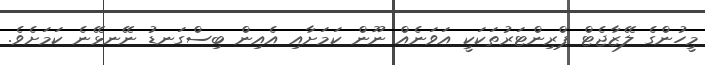
މީހުންގެ ލޭޒާޖެޓް ޕްރިންޓަރުތަކަކީ އަވަނެއް ނޫން ކަމަށާއި އެއިން ބިސްގަނޑު ނޭނޅޭނެ ކަމަށެވެ.